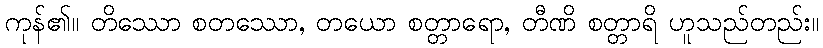
ကုန်၏။ တိဿော စတဿော, တယော စတ္တာရော, တီဏိ စတ္တာရိ ဟူသည်တည်း။